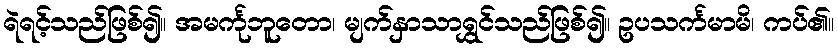
ရဲရင့်သည်ဖြစ်၍။ အမင်္ကုဘူတော၊ မျက်နှာသာရွှင်သည်ဖြစ်၍။ ဥပသင်္ကမာမိ၊ ကပ်၏။